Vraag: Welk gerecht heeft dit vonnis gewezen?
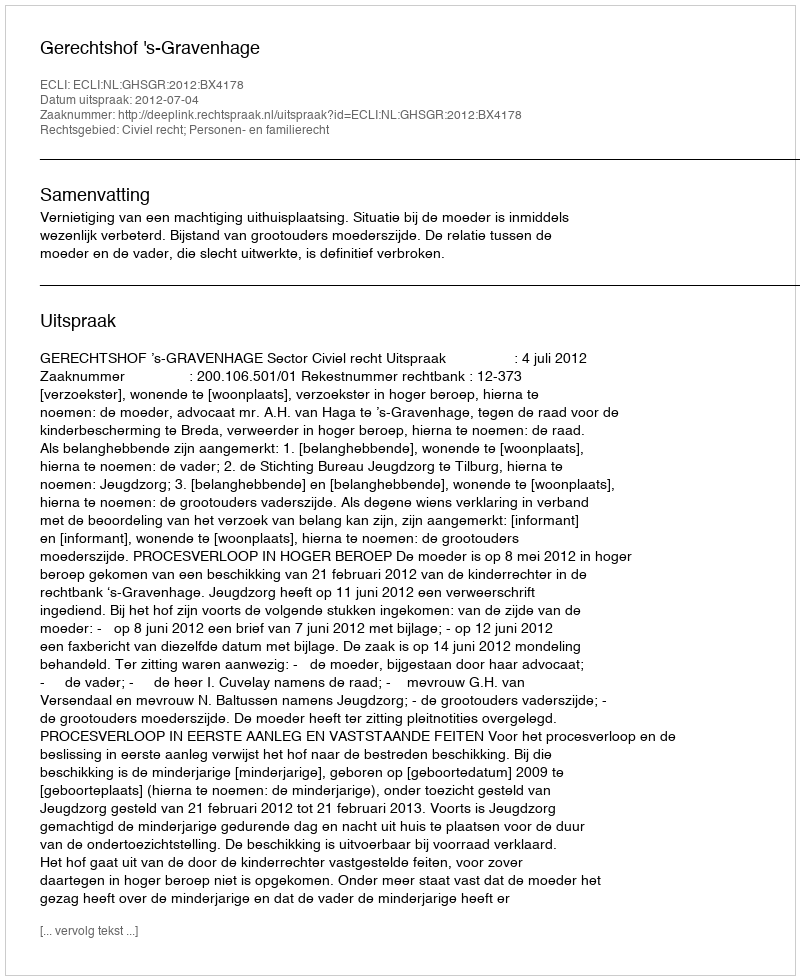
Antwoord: Gerechtshof 's-Gravenhage